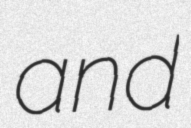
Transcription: and